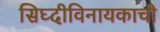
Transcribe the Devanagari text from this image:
सिघ्दीविनायकाची